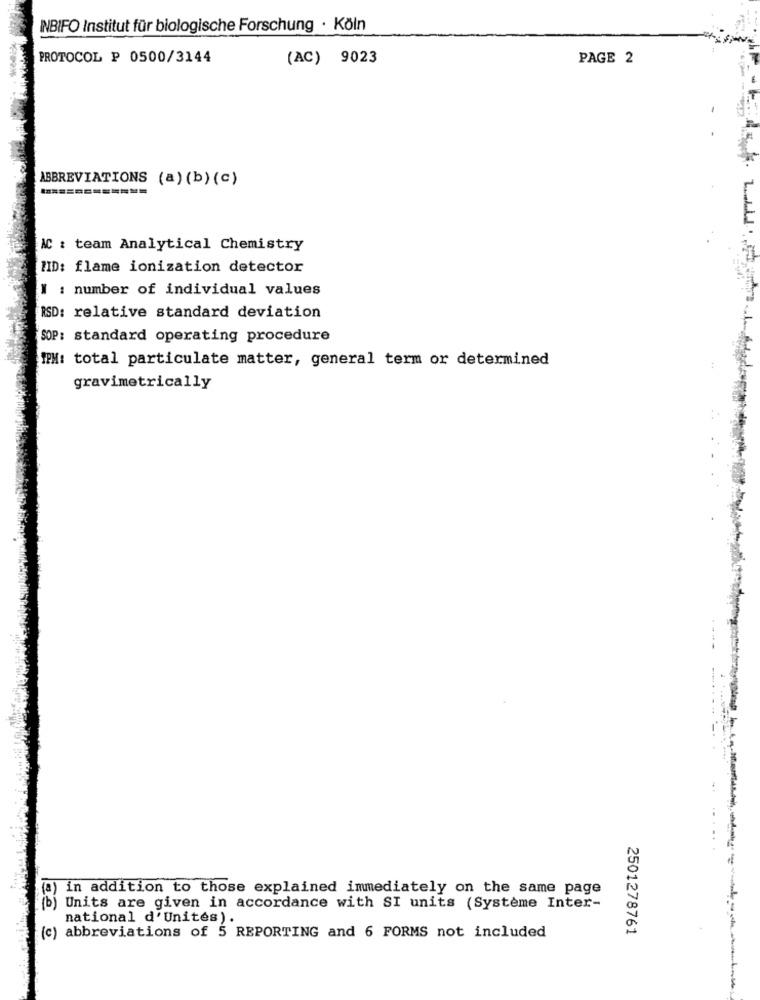
INBIFO Institut für biologische Forschung · Köln
PROTOCOL P 0500/3144
(AC) 9023
PAGE 2
=============
ABBREVIATIONS (a) (b) (c)
AC : team Analytical Chemistry
IID: flame ionization detector
" : number of individual values
RSD: relative standard deviation
SOP: standard operating procedure
IPM: total particulate matter, general term or determined
gravimetrically
(a) in addition to those explained immediately on the same page
(b) Units are given in accordance with SI units (Système Inter-
national d'Unités).
2501278761
(c) abbreviations of 5 REPORTING and 6 FORMS not included